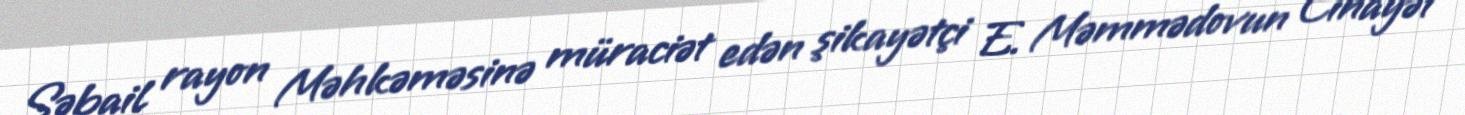
Səbail rayon Məhkəməsinə müraciət edən şikayətçi E. Məmmədovun Cinayət